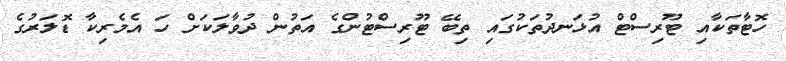
ހޮޓާތަކާއި ޓޫރިސްޓް އުޅަނދުތަކުގައި ތިބޭ ޓޫރިސްޓުންގެ އަތުން ދުވާލަކަށް ހަ އެމެރިކާ ޑޮލަރުގެ